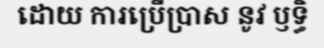
ដោយ ការប្រើប្រាស នូវ ឫទ្ធិ